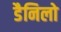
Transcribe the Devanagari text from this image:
डैनिलो